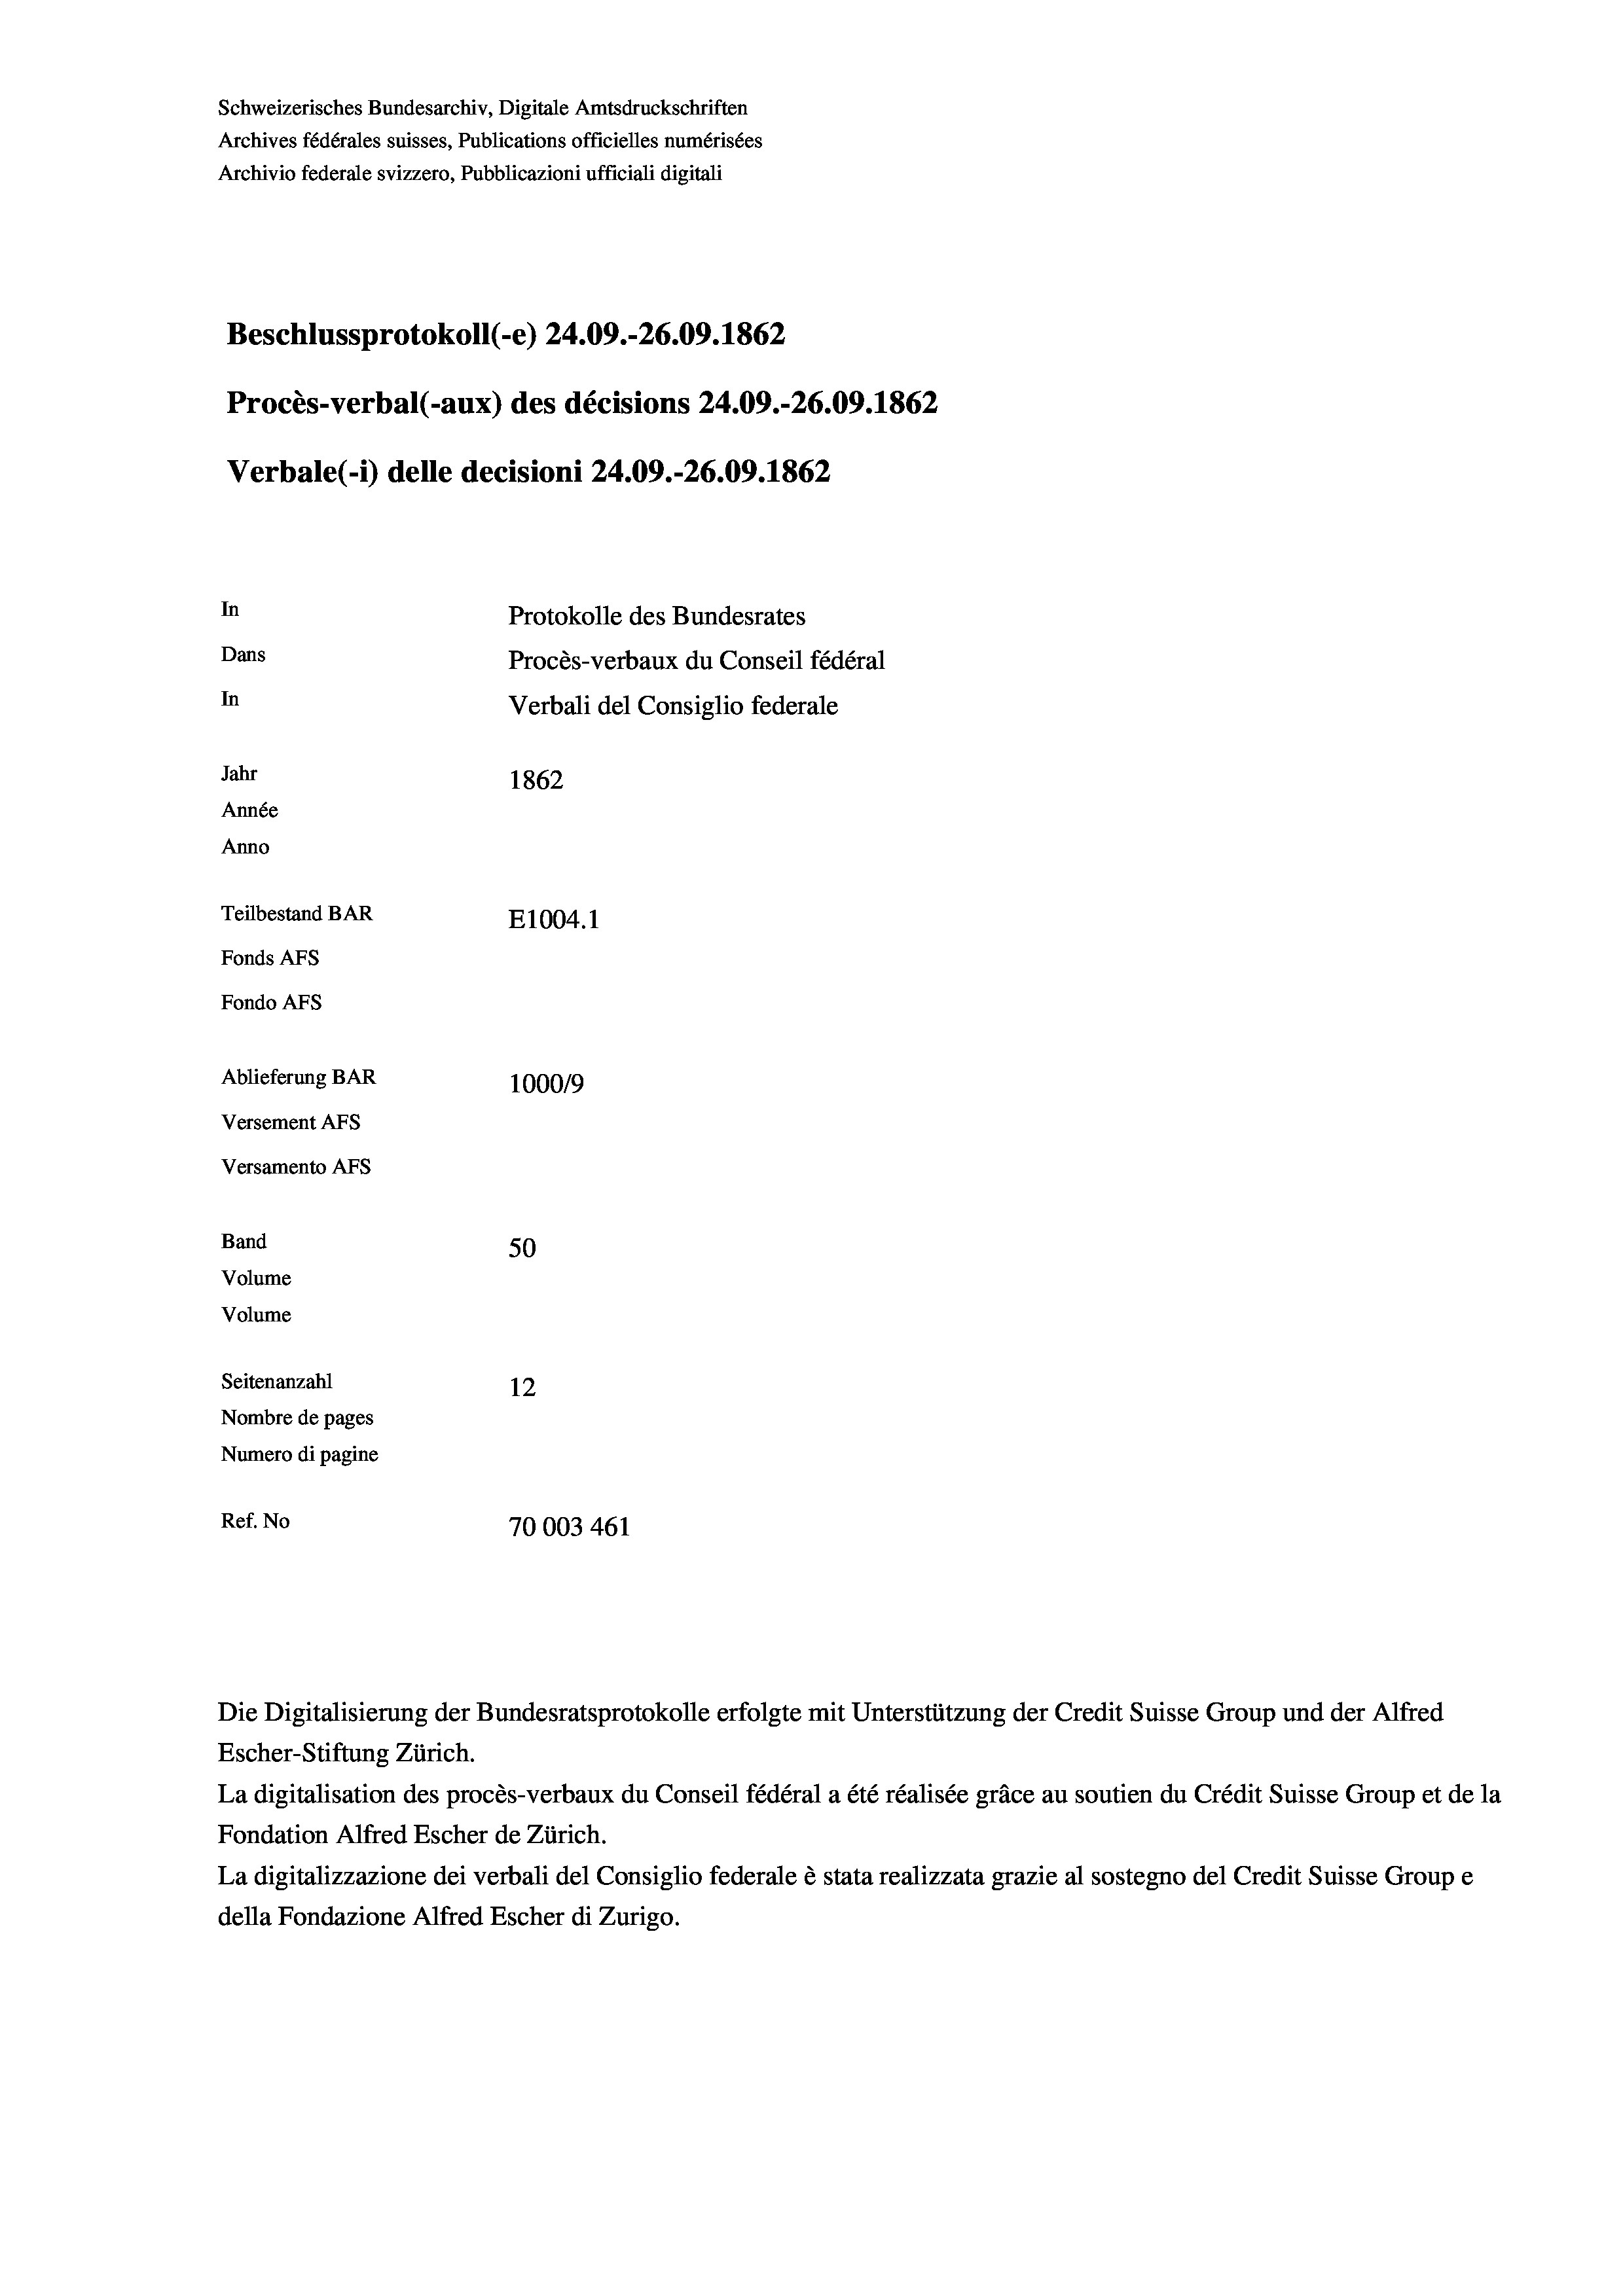
Schweizerisches Bundesarchiv, Digitale Amtsdruckschriften
Archives fédérales suisses, Publications officielles numérisées
Archivio federale svizzero, Pubblicazioni ufficiali digitali
Beschlussprotokoll (-e) 24.09.-26.09. 1862
Procès-verbal (-aux) des décisions 24.09.-26.09. 1862
Verbale (1) delle decisioni 24.09.-26.09. 1862
In
Protokolle des Bundesrates
Dans
Procès-verbaux du Conseil fédéral
In
Verbali del Consiglio federale
Jahr
1862
Année
Anno
Teilbestand BAR
E1004. 1
Fonds AFs
Fondo AFS
Ablieferung BAR
100019
Versement As
Versamento Afs
Band
50
Volume
Volume
Seitenanzahl
12
Nombre de pages
Numero di pagine
Ref. No
70003 461

Escher-Stiftung Zürich.
La digitalisation des procès-verbaux du Conseil fédéral a été réalisée gräce au soutien du Crédit Suisse Group et de la
Fondation Alfred Escher de Zürich.
La digitalizzazione dei verbali del Consiglio federale è stata realizzata grazie al sostegno del Credit Suisse Groupe
della Fondazione Alfred Escher di Zurigo.

Die Digitalisierung der Bundesratsprotokolle erfolgte mit Unterstützung der Credit Suisse Group und der Alfred